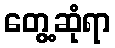
တွေ့ဆုံရာ